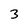
Character: 3